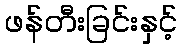
ဖန်တီးခြင်းနှင့်